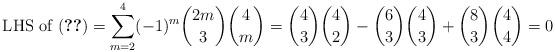
LaTeX: \begin{align*} \text{ LHS of (\ref{eqn:final})} = \sum_{m=2}^4 (-1)^m \binom{2m}{3} \binom{4}{m} = \binom{4}{3} \binom{4}{2} - \binom{6}{3} \binom{4}{3} + \binom{8}{3} \binom{4}{4} = 0 \end{align*}